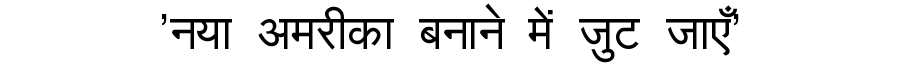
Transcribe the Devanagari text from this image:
'नया अमरीका बनाने में जुट जाएँ'